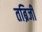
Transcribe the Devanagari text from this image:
तब्रिजी